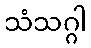
သံသဂ္ဂါ